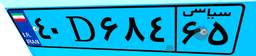
۴۰D۶۸۴۶۵